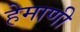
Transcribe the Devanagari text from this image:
हेमाणी